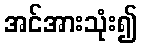
အင်အားသုံး၍